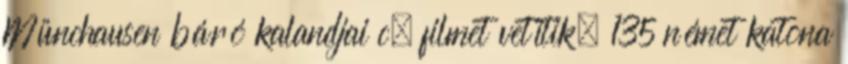
Münchausen báró kalandjai c. filmet vetítik. 135 német katona